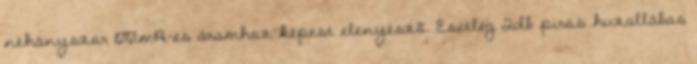
néhányszor 100mA-es áramhoz képest elenyészõ. Esetleg 2db piros huzallábas